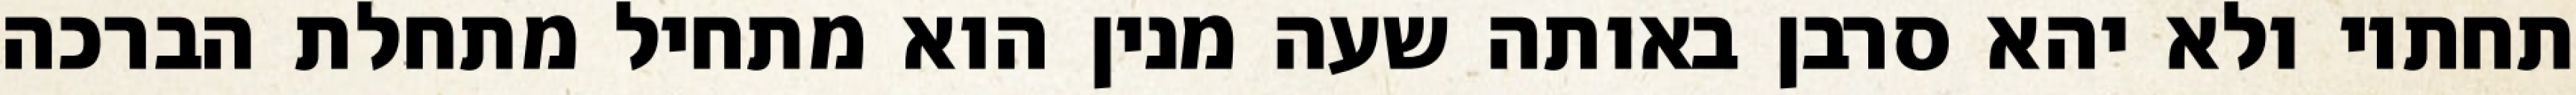
תחתיו ולא יהא סרבן באותה שעה מנין הוא מתחיל מתחלת הברכה